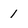
Character: 1